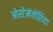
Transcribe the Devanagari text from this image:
ओस्टेमेलेशिया